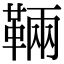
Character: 䩫